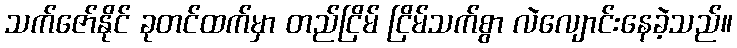
သက်ဇော်နိုင် ခုတင်ထက်မှာ တည်ငြိမ် ငြိမ်သက်စွာ လဲလျောင်းနေခဲ့သည်။